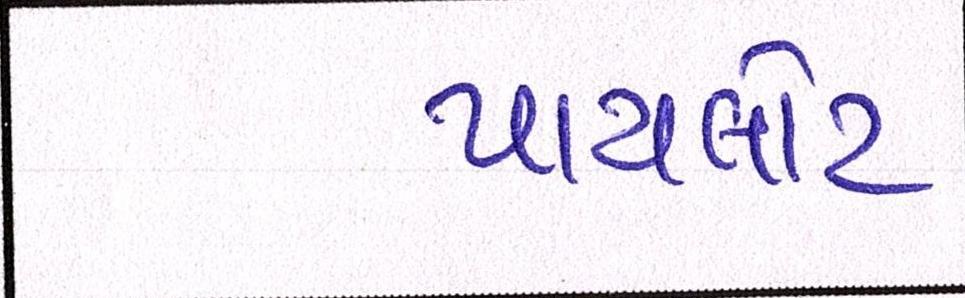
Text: પાયલોટ